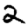
Digit: 2